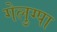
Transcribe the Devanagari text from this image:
गेलुग्पा